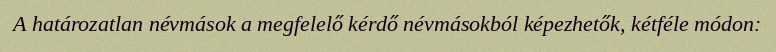
A határozatlan névmások a megfelelő kérdő névmásokból képezhetők, kétféle módon: